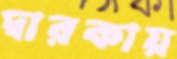
দ্বারকায়